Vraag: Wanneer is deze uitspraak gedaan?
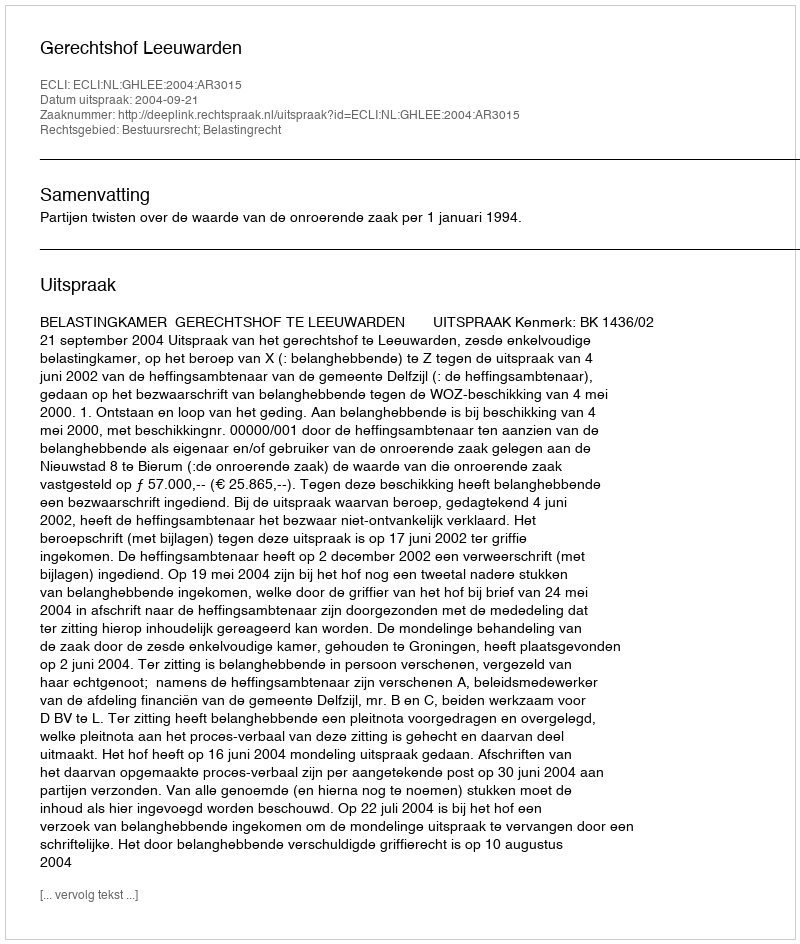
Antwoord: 2004-09-21